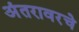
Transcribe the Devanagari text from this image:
अंतरावरचे